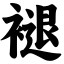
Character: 褪